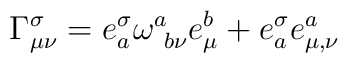
\Gamma^\sigma_{\mu\nu} = e_a^\sigma\omega^a_{\ b\nu} e^b_\mu + e^\sigma_a e^a_{\mu,\nu}